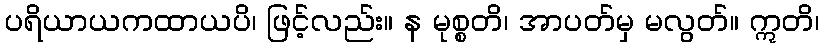
ပရိယာယကထာယပိ၊ ဖြင့်လည်း။ န မုစ္စတိ၊ အာပတ်မှ မလွတ်။ ဣတိ၊